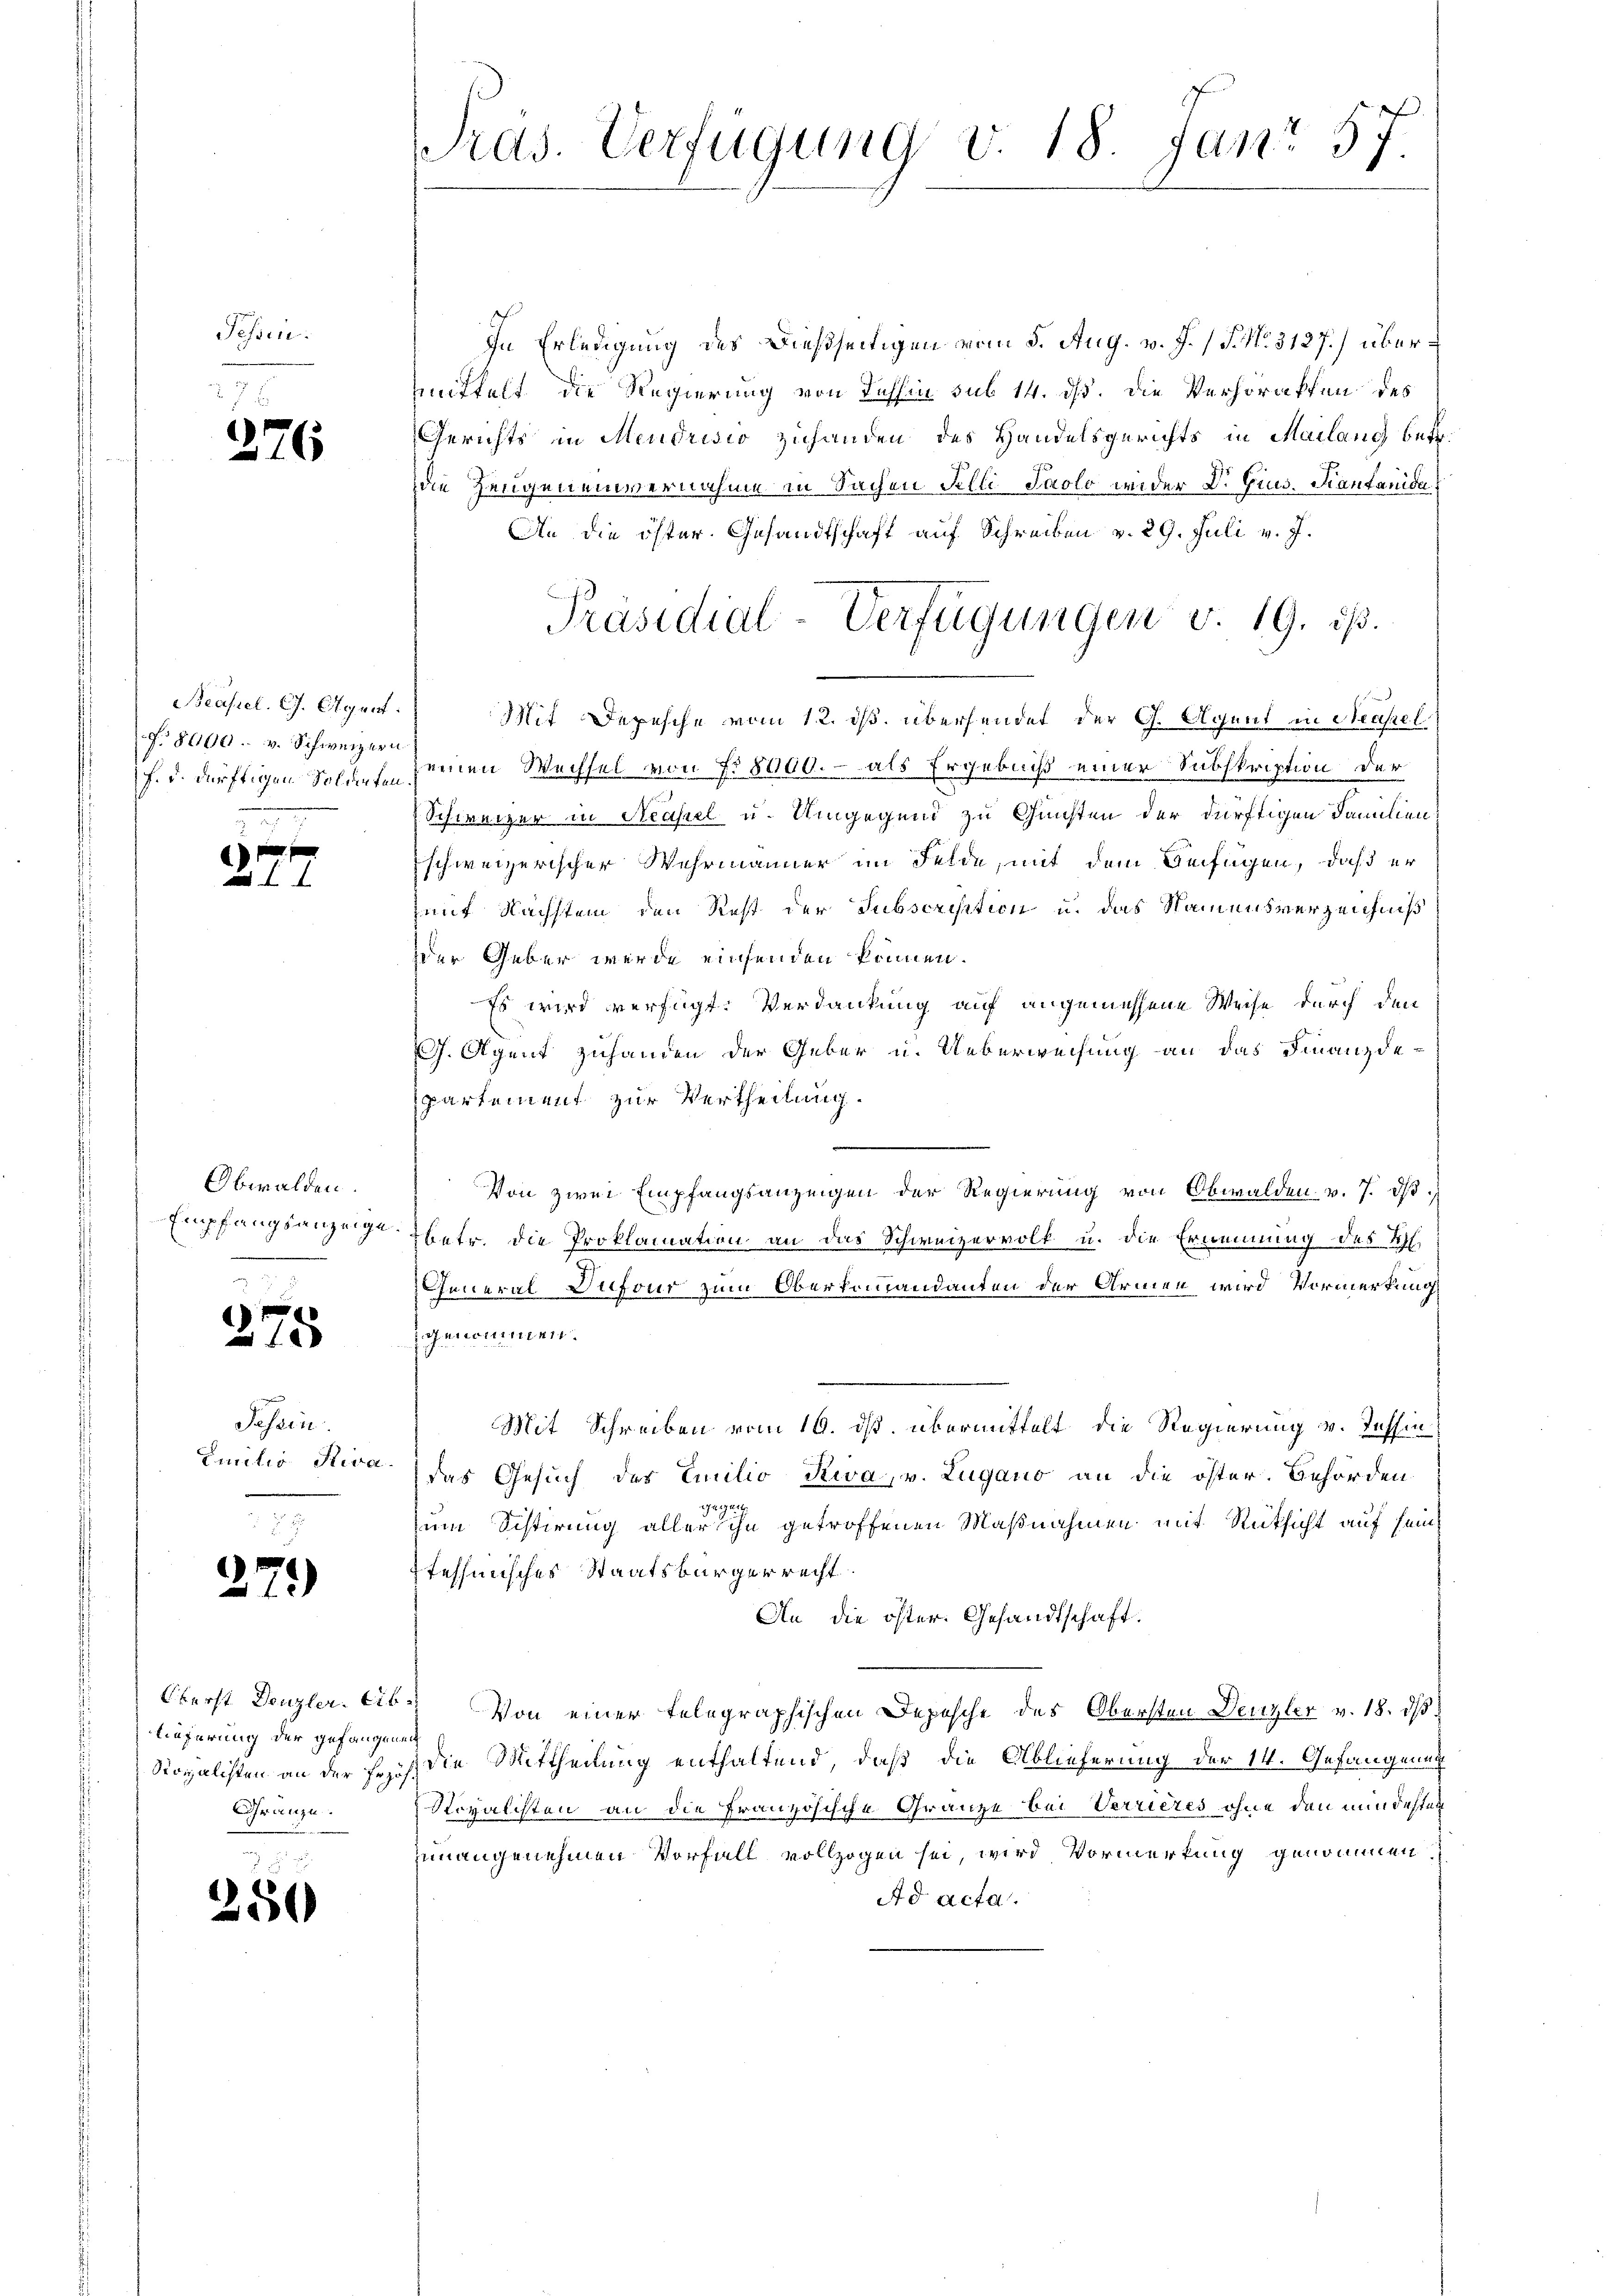
Fessen.

)

Beassel. G. Agent
N. 81160. v. Schweizern
.

.

Obwalden.
Empfangsanzeige

.

176

275

Passin
Euritis Stiva.

23)

Lieferung der gefangenen
Gränze.

250

Pras. Verfügung v. 18. Jan. 57.

In Erledigung des Dießseitigen vom 5. Aug. v. J. / P. No. 3127.) übermittelt die Regierung von Tessin sub 14. ds. die Verhörakten des
Gerichts in Mendrisio zuhanden des Handelsgerichts in Mailang betr.
die Zeugeneinvernahme in Sachen Felli Paolo wider Dr. Gius. Kantanida
An die öster Gesandtschaft auf Schreiben v. 29. Juli v. J.
Mit Depesche vom 12. ds. übersendet der G. Agent in Neapel
f. u. dürftigen Soliefe seinen Wechsel von § 8000. - als Ergebniß einer Subskription der
Schweizer in Neapel u. Umgegens zu Gunsten der dürftigen Familien
schweizerischer Wehrmänner im Felde, mit dem Beifügen, daß er
sauf Nachstein den Rest der Subscription u. das Namensverzeichniß
der Geber werde einsenden können.
Es wird verfügt: Verdankung auf angemessene Weise durch den
J. Agent zuhanden der Geber u. Ueberweisung an das Finanzdepartement zur Vertheilung.
Von zwei Empfangsanzeigen der Regierung von Obwalden. v. 7. dβ
betr. die Proklamation an das Schweizervolk u. die Ernennung des M
General-Dufour zum Oberkommandanten der Armen wird Vormerkung
genommen.
Mit Schreiben vom 19. ds. übermittelt die Regierung v. Tessin
das Gesuch des Emilio Kiva, v. Lugano an die öster Behörden
92
zum Sistirung aller ihn getroffenen Maßnahmen mit Rücksicht auf sein
tehhmisches Staatsbürgerrecht.
An die öster. Gesandtschaft.
Oberst Denzler. Ab.) Von einer telegraphischen Depesche des Obersten Denzler v. 18. ds.
Storalisten an der sich die Mittheilung enthaltend, daß die Ablieferung der 14. Gefangenen
Novalisten an die Französische Gränze bei Verrieres ohne den mindesten
unangenehmen Vorfall vollzogen sei, wird Vormerkung genommen,
Ad acta.

Präsidial-Verfügungen v. 19. ds.